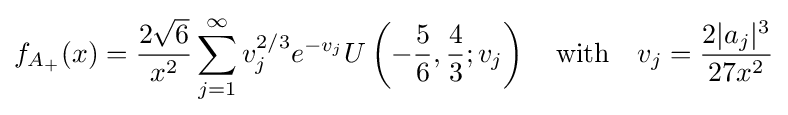
f_{A_{+}}(x)={\frac {2{\sqrt {6}}}{x^{2}}}\sum _{j=1}^{\infty }v_{j}^{2/3}e^{-v_{j}}U\left(-{\frac {5}{6}},{\frac {4}{3}};v_{j}\right)\ \ {\text{ with }}\ \ v_{j}={\frac {2|a_{j}|^{3}}{27x^{2}}}